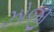
ઝોજી